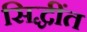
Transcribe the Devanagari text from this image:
सिद्धींत